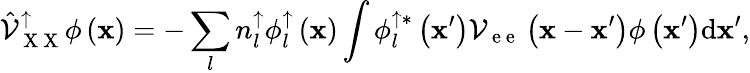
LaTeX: \hat{\mathcal{V}}_{\mathrm{~X~X~}}^{\uparrow}\phi\left({\mathbf x}\right)=-\sum_{l}{n_{l}^{\uparrow}\phi_{l}^{\uparrow}\left({\mathbf x}\right)\int{\phi_{l}^{\uparrow*}\left({\mathbf x}^{\prime}\right)\mathcal{V}_{\mathrm{~e~e~}}\left({\mathbf x}-{\mathbf x}^{\prime}\right)\phi\left({\mathbf x}^{\prime}\right)\mathrm{d}{\mathbf x}^{\prime}}},